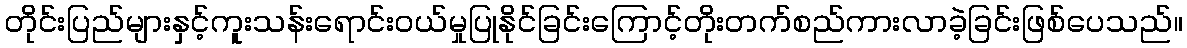
တိုင်းပြည်များနှင့်ကူးသန်းရောင်းဝယ်မှုပြုနိုင်ခြင်းကြောင့်တိုးတက်စည်ကားလာခဲ့ခြင်းဖြစ်ပေသည်။